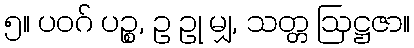
၅။ ပဝဂ် ပဉ္စ, ဥ ဥု မျှ, သတ္တ ဩဋ္ဌဇာ။